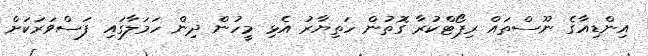
އިންޑިއާގެ ނޫސްތައް ރިޕޯޓްކުރާ ގޮތުން ހަތިޔާރު އެޅި މީހުން ދިން ހަމަލާގައި ފަސްވަރަކަށް